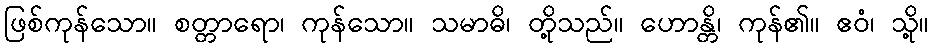
ဖြစ်ကုန်သော။ စတ္တာရော၊ ကုန်သော။ သမာဓိ၊ တို့သည်။ ဟောန္တိ၊ ကုန်၏။ ဧဝံ၊ သို့။